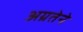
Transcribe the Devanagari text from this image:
अग्रतेने